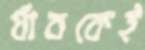
র‍্যাবকেই